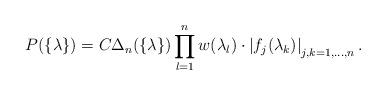
LaTeX: \begin{align*}P(\{\lambda\})=C \Delta_n(\{\lambda\})\prod_{l=1}^n w(\lambda_l) \cdot \left|f_j(\lambda_k)\right|_{j,k=1,...,n} .\end{align*}